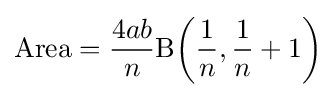
\mathrm {Area} ={\frac {4ab}{n}}\mathrm {B} \!\left({\frac {1}{n}},{\frac {1}{n}}+1\right)